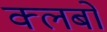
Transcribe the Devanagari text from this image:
क्‍लबों